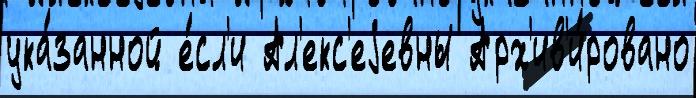
ука́занной е́сл'и Ал'екс'еjевны Арх'ив'и́ровано